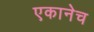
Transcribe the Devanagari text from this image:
एकानेच